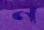
ন